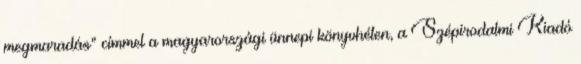
megmaradás” címmel a magyarországi ünnepi könyvhéten, a Szépirodalmi Kiadó